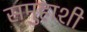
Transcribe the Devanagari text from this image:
समुहाशी